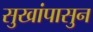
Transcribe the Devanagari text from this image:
सुखांपासुन